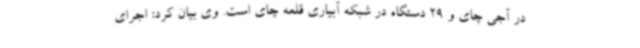
در آجی چای و 29 دستگاه در شبکه آبیاری قلعه چای است. وی بیان کرد: اجرای